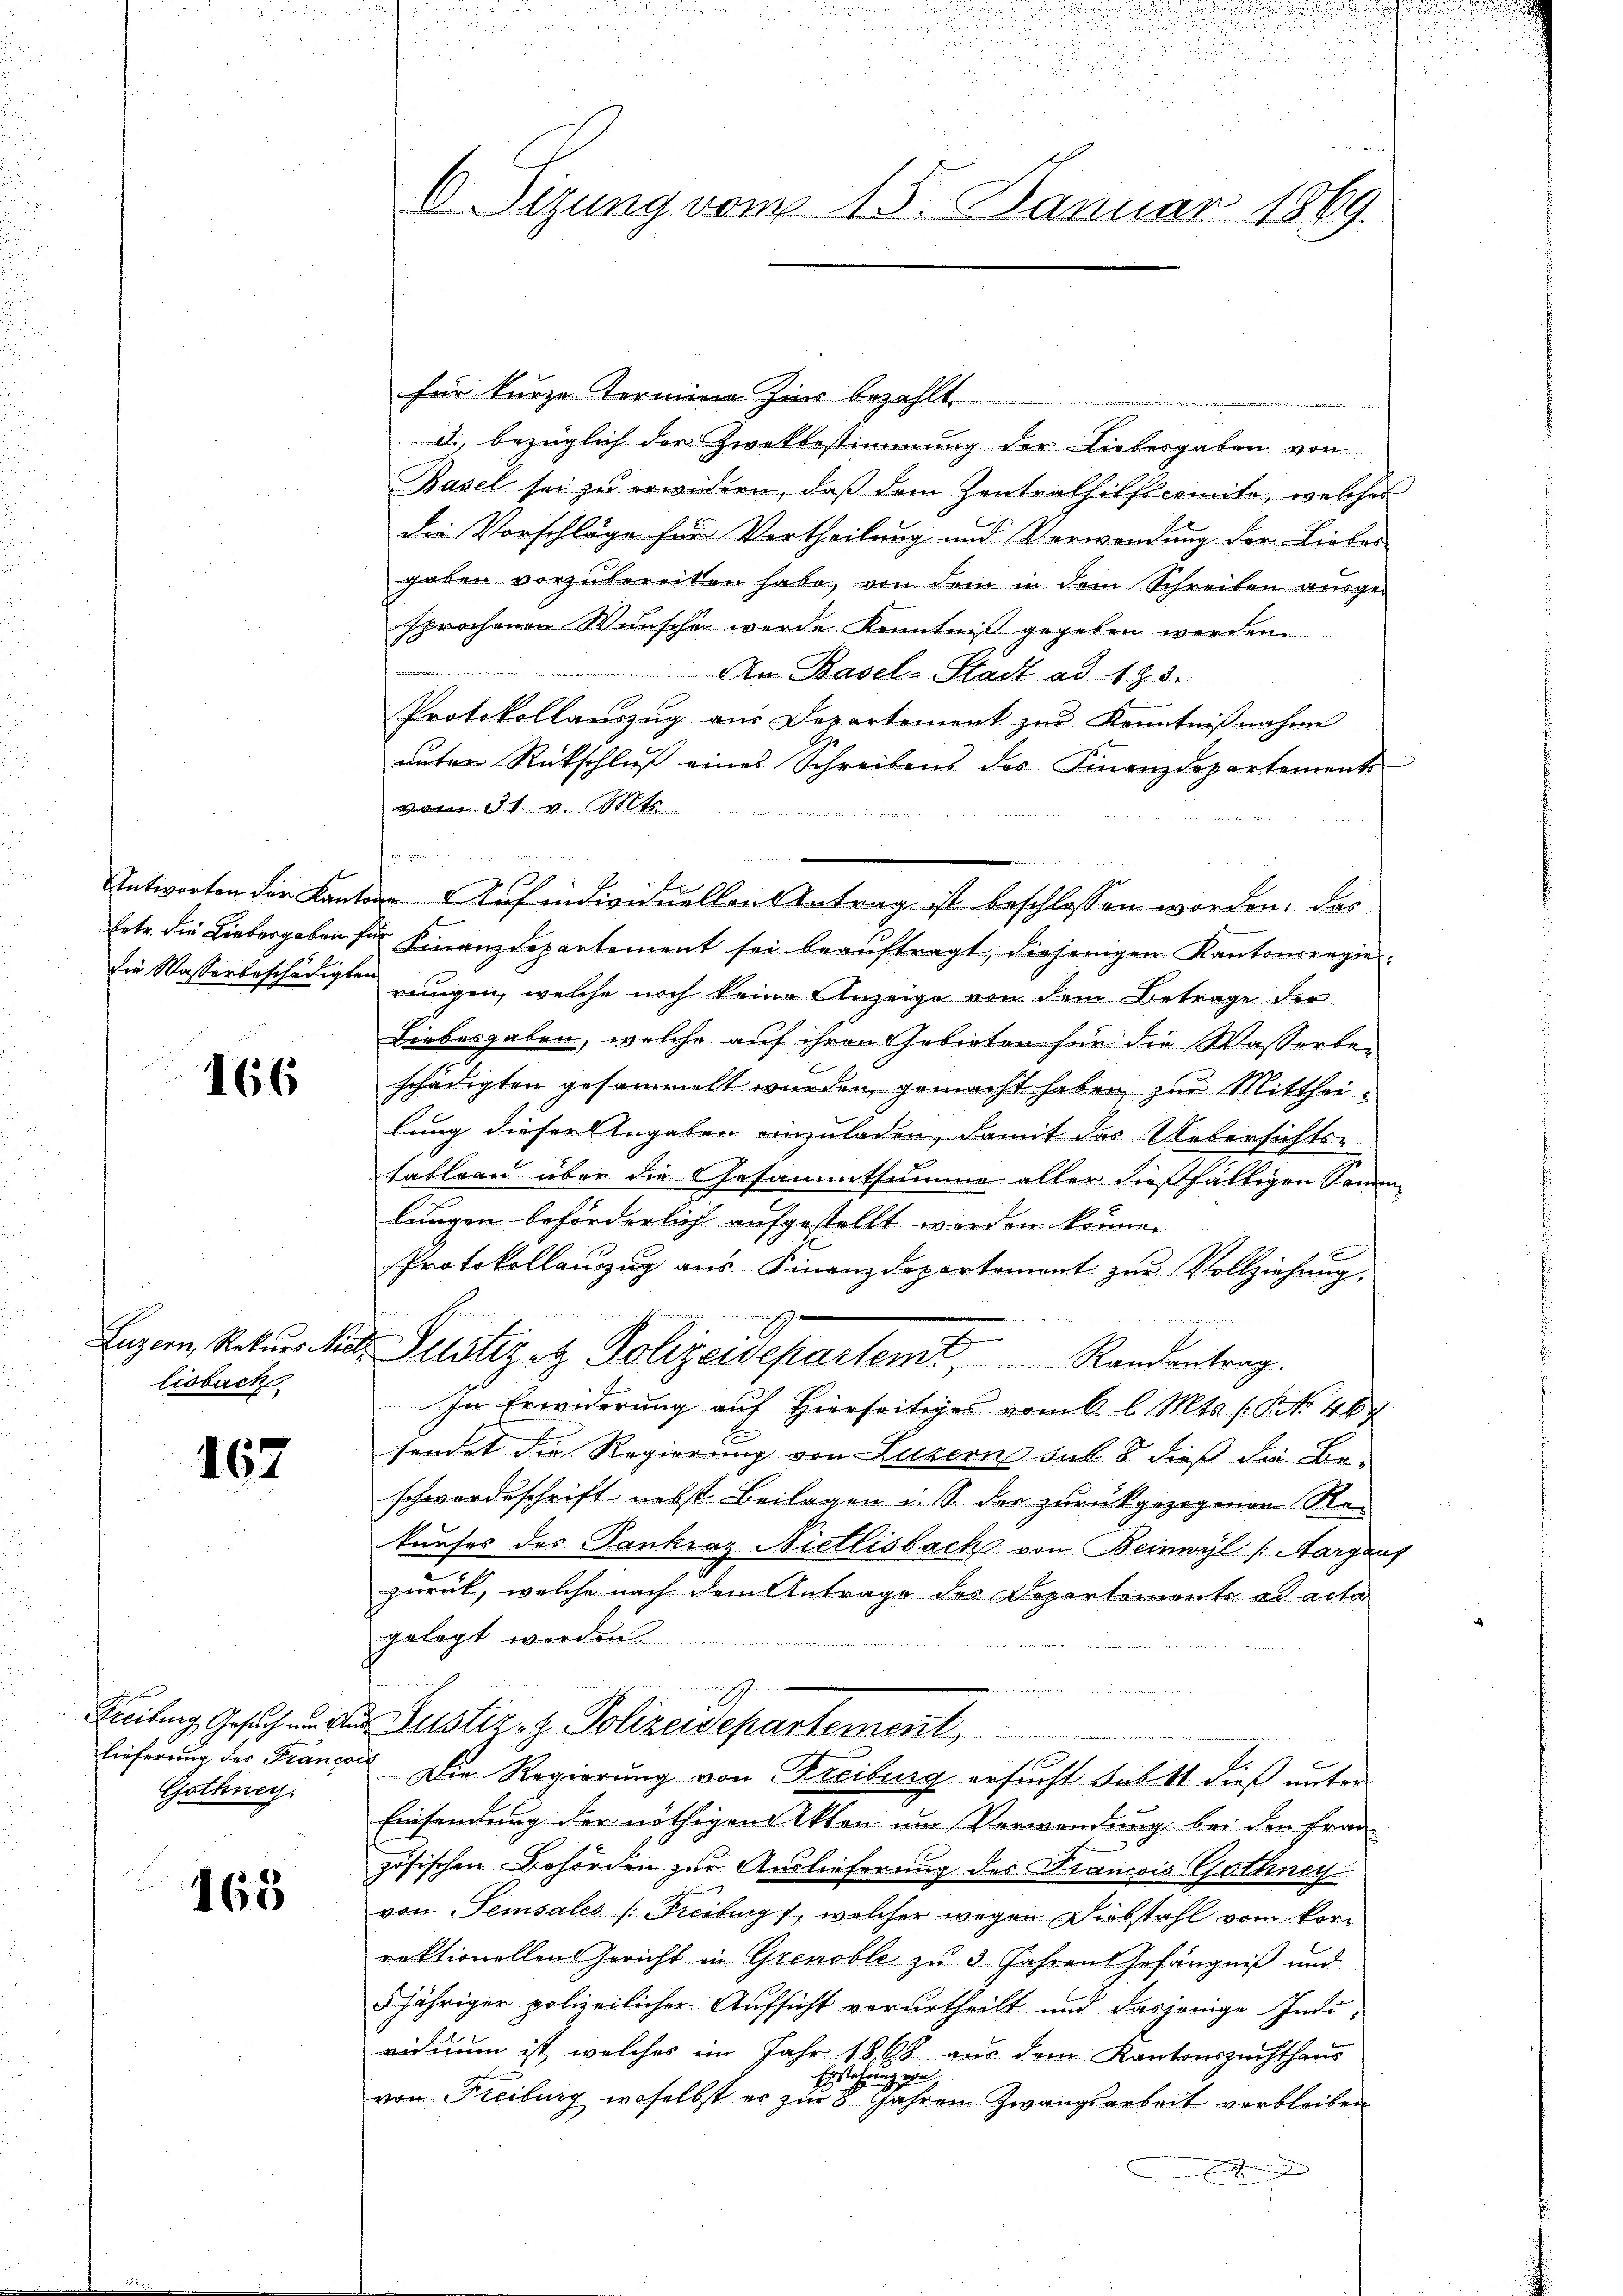
166

lisbach

167

Freibung Gesuch am Kir¬
Gothney.

168

C. Sizung vom 15. Januar 1869.

für kurze Termina zur bezahlt
d. bezüglich der Zwekbestimmung der Liebesgaben von
Basel sei zu erwidern, daß dem Zentralhilfscomite, welches
die Vorschläge für Vertheilung und Verwendung der Liebes
gaben vorzubereiten habe, von dem in dem Schreiben ausgesprochenen Wunschen werde Kenntniß gegeben werden
Am Basel-Stadt ad 133.
Protokollauszug aus Departement zur Kenntnißnahme
unter Rückschluß eines Schreibens des Finanzdepartements
vom 31. v. Mts.

Fr
.
Antworten der Kanton Auf individuellen Antrag ist beschlossen worden. Das
r
Ertr. die Liebergaben für Finanzdepartement sei beaŭftragt, diejenigen Kantonsregiedie Wasserbeschädigten jungen, welche noch keine Anzeige von dem Betrage der
Liebesgaben, welche auf ihren Gebieten für die Wasserbeschädigten gesammelt wurden, gemacht haben, zur Mittheilung dieser Angaben einzuladen, damit des Uebersichts-
tableau über die Gesammtsumme aller dießfälligen Samm
längen beförderlich aufgestellt worden könne.
e
Protokollaŭszŭg aŭs Finanzdepartement zŭr Vollziehŭng.
.
Luzern, Rekŭrs Niet. Justiz & Polizeidepartemt, Randantrag.
In Erwiderung auf Hierseitiges vom 6. l. Mts. f. No 46
sendet die Regierung von Luzern bis 5 dieß die Be-
schwerdeschrift nebst Beilagen u. s. der zurückgezogenen Rekurses des Tankraz Nietlisbach von Beinwyl (Aargauf
zurück, welche nach dem Antrage des Departemente ad acta
gelegt werden.
Puster. H. Polizeidepartement,
lieferung der Francois. Die Regierung von Freiburg ersucht sub 11. dieß unter
Einsendung der nöthigen Akten im Verwendung bei den Fran-
zösischen Behörden zur Auslieferung des Francois Gothney
von Semsales (Freiburg, welcher wegen Diebstahl vom Vorrektionellen Gericht in Grenoble zu 3 Jahren Gefängniß und
5jähriger polizeilicher Aufsicht verurtheilt und dasjenige Indi-
vidium ist, welches im Jahr 1868 aus dem Kantonszuchthaus
Erstehung von
von Freiburg, woselbst es zur 8 Jahren Zwangsarbeit verbleiben